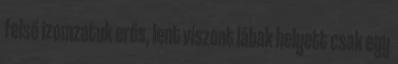
felső izomzatuk erős, lent viszont lábak helyett csak egy